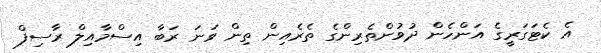
އެ ކެޓަގަރީގެ އަންހެން ދުވުންތެރިންގެ ތެރެއިން ތިން ވަނަ ރަބާ އިސްމާއިލް ރާސިފް